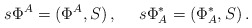
\begin{align*} s \Phi^A = (\Phi^A, S)\,,~~~~ s \Phi^*_A = (\Phi^*_A, S)\,.\end{align*}